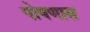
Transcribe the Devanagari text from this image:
पोषणास